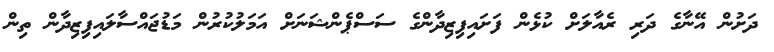
ދަށުން އޭނާގެ ދަރި ރެއާލަށް ކުޅެން ފަށައިފިޒިދާންގެ ސަސްޕެންޝަނަށް އަމަލުކުރުން މަޑުޖައްސާލައިފިޒިދާން ތިން